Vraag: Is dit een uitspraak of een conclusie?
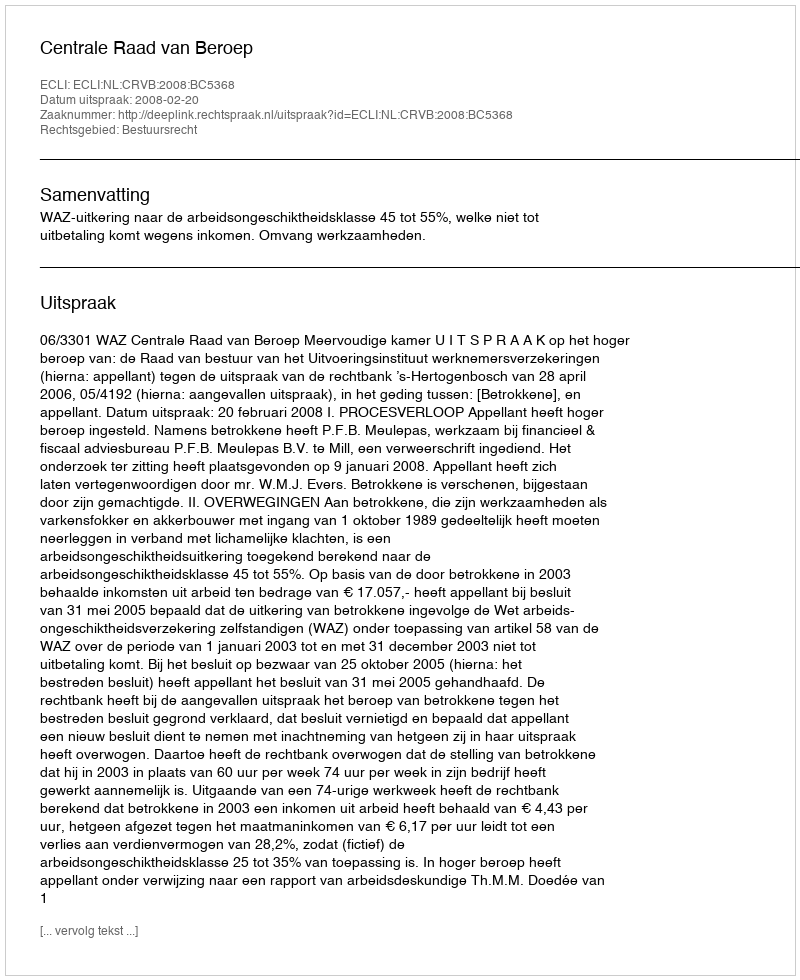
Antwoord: Uitspraak